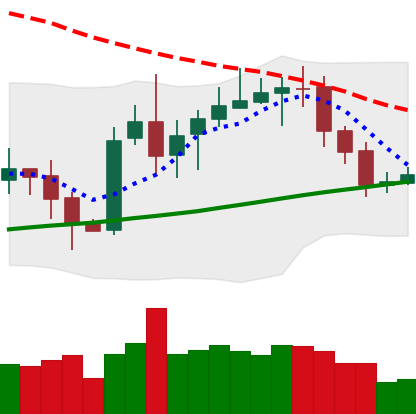
Ticker: XRP-USD
Chart end date: 2020-10-18
Forward return: 5.224%
Label: up_5_7